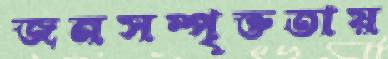
জনসম্পৃক্ততায়